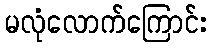
မလုံလောက်ကြောင်း